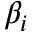
\beta _ { i }